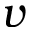
v